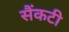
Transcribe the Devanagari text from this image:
सैंकटी